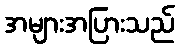
အများအပြားသည်